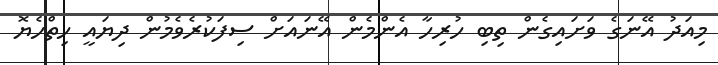
މިއަދު އޭނަގެ ވަށައިގެން ތިބި ހުރިހާ އެންމެން އޭނައަށް ސިފަކުރެވެމުން ދިޔައީ ހިތްހެޔޮ